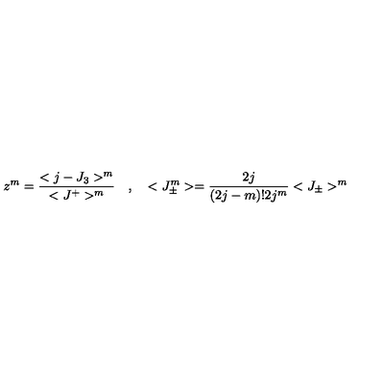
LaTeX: z ^ { m } = \frac { < j - J _ { 3 } > ^ { m } } { < J ^ { + } > ^ { m } } \quad , \quad < J _ { \pm } ^ { m } > = \frac { 2 j } { ( 2 j - m ) ! 2 j ^ { m } } < J _ { \pm } > ^ { m }